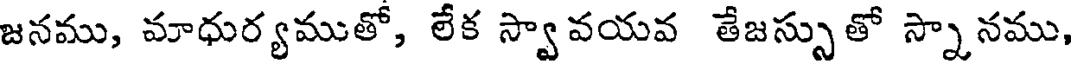
జనము, మాధుర్యముతో, లేక స్వావయవ తేజస్సుతో స్నానము,